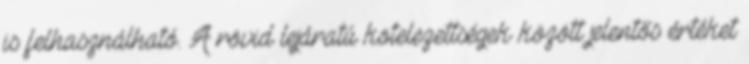
is felhasználható. A rövid lejáratú kötelezettségek között jelentős értéket